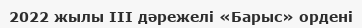
2022 жылы III дәрежелі «Барыс» ордені